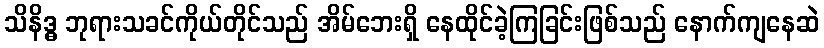
သိနိဒ္ဓ ဘုရားသခင်ကိုယ်တိုင်သည် အိမ်ဘေးရှိ နေထိုင်ခဲ့ကြခြင်းဖြစ်သည် နောက်ကျနေဆဲ